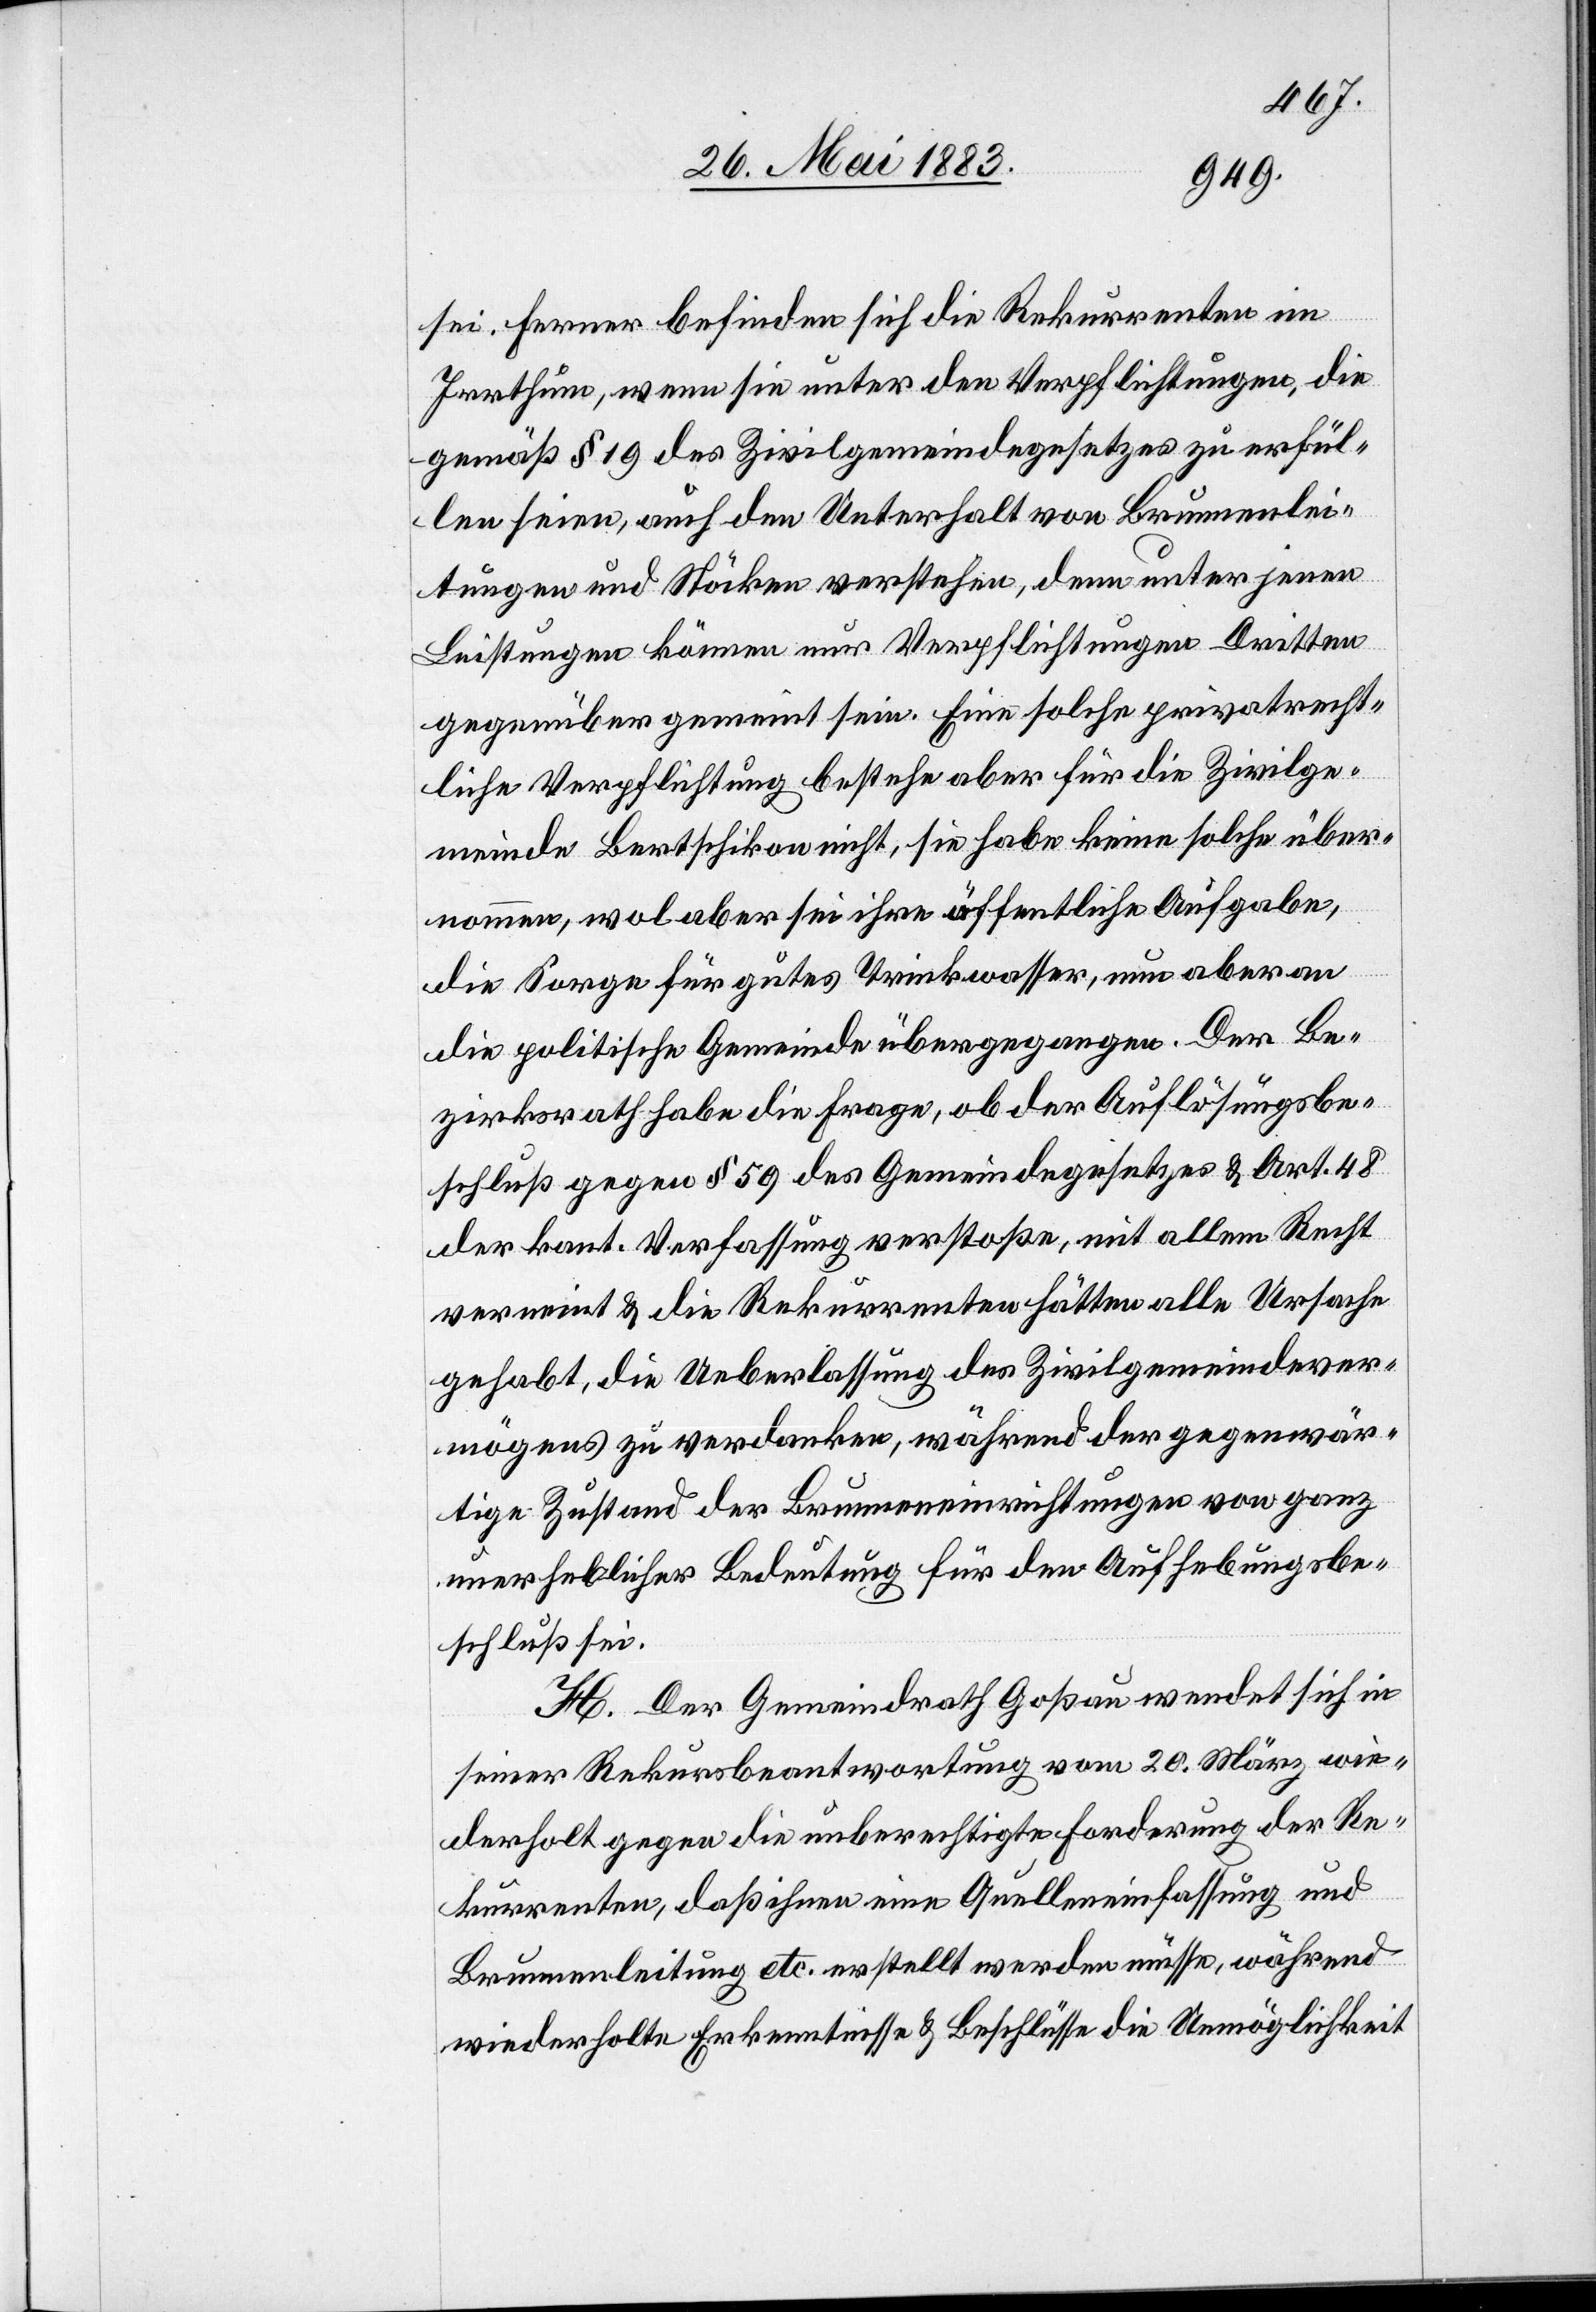
sei. Ferner befinden sich die Rekurrenten im
Irrthum, wenn sie unter den Verpflichtungen, die
gemäß § 19 des Zivilgemeindegesetzes zu erfül¬
len seien, auch den Unterhalt von Brunnenlei¬
tungen und Stöcken verstehen, denn unter jenen
Leistungen können nur Verpflichtungen Dritten
gegenüber gemeint sein. Eine solche privatrecht¬
liche Verpflichtung bestehe aber für die Zivilge¬
meinde Bertschikon nicht, sie habe keine solche über¬
nommen, wol aber sei ihre öffentliche Aufgabe,
die Sorge für gutes Trinkwasser, nun aber an
die politische Gemeinde übergegangen. Der Be¬
zirksrath habe die Frage, ob der Auflösungsbe¬
schluß gegen § 59 des Gemeindegesetzes & Art. 48
der kant. Verfassung verstoßen, mit allem Recht
verneint & die Rekurrenten hätten alle Ursache
gehabt, die Ueberlassung des Zivilgemeindever¬
mögens zu verdanken, während der gegenwär¬
tige Zustand der Brunneneinrichtungen von ganz
unerheblicher Bedeutung für den Aufhebungsbe¬
schluß sei.
H. Der Gemeindrath Goßau wendet sich in
seiner Rekursbeantwortung vom 20. März wie¬
derholt gegen die unberechtigte Forderung der Re¬
kurrenten, daß ihnen eine Quelleinfassung und
Brunnenleitung etc. erstellt werden müsse, während
wiederholte Erkenntnisse & Beschlüsse die Unmöglichkeit